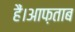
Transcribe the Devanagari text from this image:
हैं।आफ़ताब